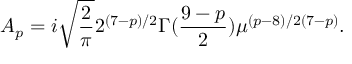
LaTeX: { \cal A } _ { p } = i \sqrt { \frac { 2 } { \pi } } { 2 ^ { ( 7 - p ) / 2 } } { \Gamma ( \frac { 9 - p } { 2 } ) } \mu ^ { ( p - 8 ) / 2 ( 7 - p ) } .